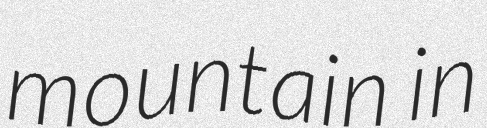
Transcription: mountain in